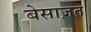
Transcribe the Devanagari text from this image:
बेसाज़त